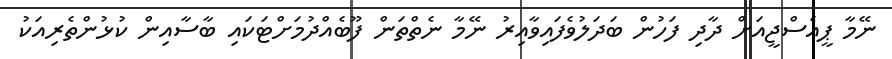
ނޭމާ ޕީއެސްޖީއަށް ދާދި ފަހުން ބަދަލުވެފައިވާއިރު ނޭމާ ނެތްތަން ފޫބެއްދުމަށްޓަކައި ބާސާއިން ކުޅުންތެރިއަކު